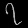
Digit: ၇